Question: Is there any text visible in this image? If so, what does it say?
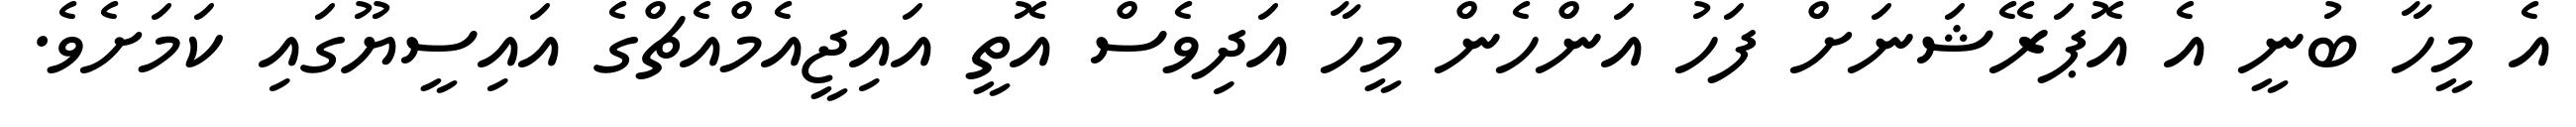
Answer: އެ މީހާ ބުނީ އެ އޮޕަރޭޝަނަށް ފަހު އަންހެން މީހާ އަދިވެސް އޮތީ އައިޖީއެމްއެޗްގެ އައިސީޔޫގައި ކަމަށެވެ.